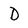
Character: D